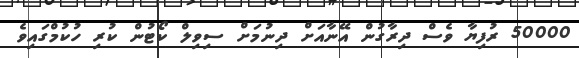
50000 ރުފިޔާ ވެސް ދިރާގުން އޭނާއަށް ދިނުމަށް ސިވިލް ކޯޓުން ކުރި ހުކުމްގައިވެ